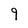
Character: 9